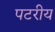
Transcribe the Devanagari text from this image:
पटरीय